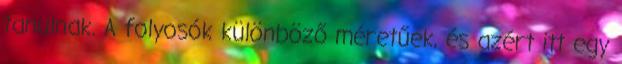
tanulnak. A folyosók különböző méretűek, és azért itt egy